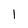
Character: 1